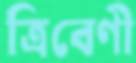
ত্রিবেণী